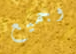
وجميع